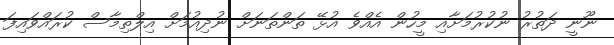
ނޫނީ ދަތުރު ނުކުރުމަށާއި މީހުން އެއްވެ އުޅޭ ތަންތަނަށް ނުދިއުމަށް އިލްތިމާސް ކުރައްވައިފަ